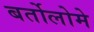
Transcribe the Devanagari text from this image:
बर्तोलोमे